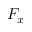
F _ { x }